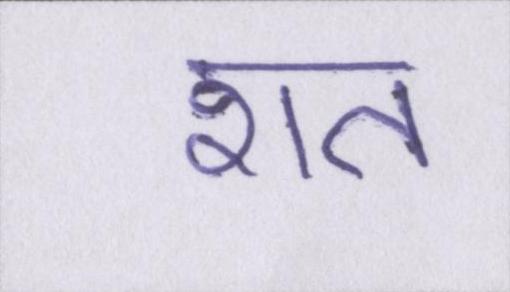
शत